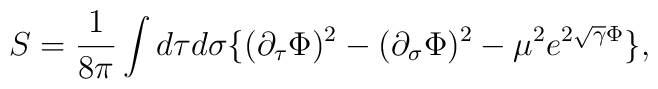
S={1\over 8\pi}\int d\tau d\sigma  \{ (\partial_\tau \Phi )^2-(\partial_\sigma \Phi )^2 -\mu^2 e^{2 \sqrt{\gamma} \Phi} \},